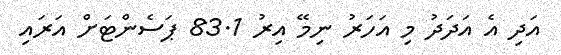
އަދި އެ އަދަދު މި އަހަރު ނިމޭ އިރު 83.1 ޕަސެންޓަށް އަރައި